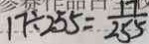
1 7 \div 2 5 5 = \frac { 1 7 } { 2 5 5 }